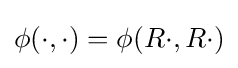
\phi (\cdot ,\cdot )=\phi (R\cdot ,R\cdot )